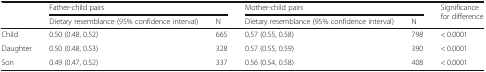
| <ROWSPAN=2>  | <COLSPAN=2> Father-child pairs | <COLSPAN=2> Mother-child pairs | <ROWSPAN=2> Significance for difference |
 | Dietary resemblance (95% confidence interval) | N | Dietary resemblance (95% confidence interval) | N |
 | --- | --- | --- | --- | --- | --- |
 | Child | 0.50 (0.48, 0.52) | 665 | 0.57 (0.55, 0.58) | 798 | < 0.0001 |
 | Daughter | 0.50 (0.48, 0.53) | 328 | 0.57 (0.55, 0.59) | 390 | < 0.0001 |
 | Son | 0.49 (0.47, 0.52) | 337 | 0.56 (0.54, 0.58) | 408 | < 0.0001 |